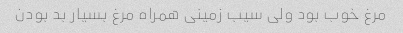
مرغ خوب بود ولی سیب زمینی همراه مرغ بسیار بد بودن